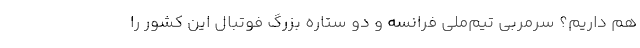
هم داریم؟ سرمربی تیم‌ملی فرانسه و دو ستاره بزرگ فوتبال این کشور را